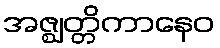
အဇ္ဈတ္တိကာနေဝ